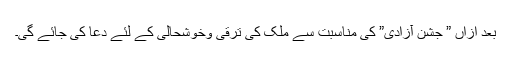
بعد ازاں ” جشن آزادی” کی مناسبت سے ملک کی ترقی وخوشحالی کے لئے دعا کی جائے گی۔